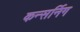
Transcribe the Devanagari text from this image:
कन्सर्निग